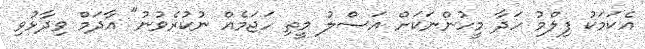
އެކަމަކު ފިލްމު ހަދާ މީހުންނަކަށް އަސްލު މީތި ހަޖަމެއް ނުކުރެވުނު" އާދަމް ވިދާޅުވި